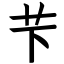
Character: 芐